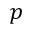
p